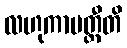
လဟုကာပတ္တီတိ